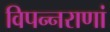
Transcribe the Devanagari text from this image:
विपन्नराणां